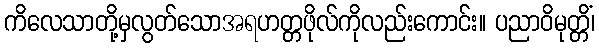
ကိလေသာတို့မှလွတ်သောအရဟတ္တဖိုလ်ကိုလည်းကောင်း။ ပညာဝိမုတ္တိံ၊